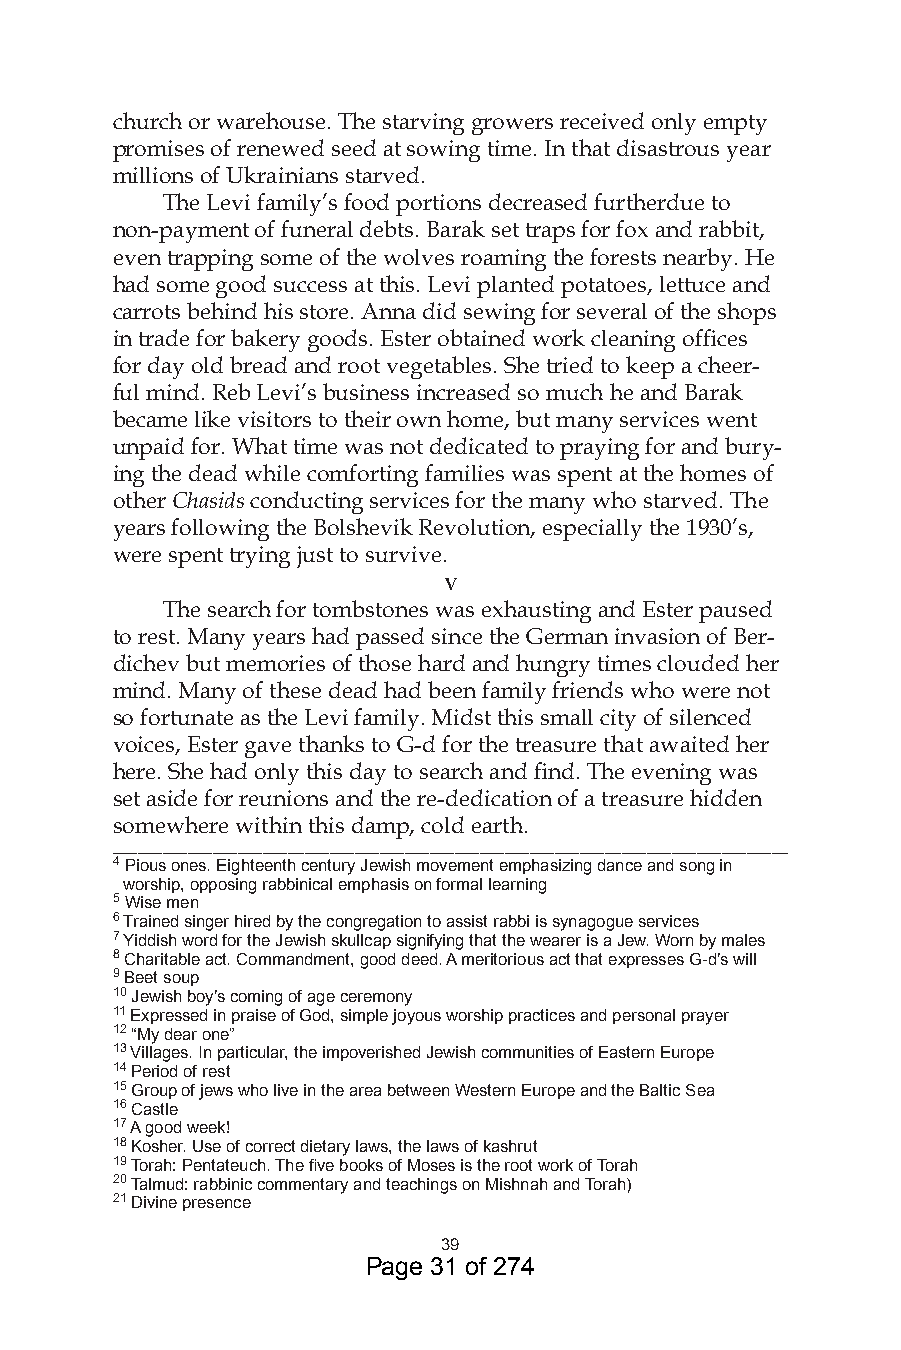
church or warehouse. The starving growers received only empty
 promises of renewed seed at sowing time. In that disastrous year
 millions of Ukrainians starved.
 The Levi family’s food portions decreased furtherdue to
 non-payment of funeral debts. Barak set traps for fox and rabbit,
 even trapping some of the wolves roaming the forests nearby. He
 had some good success at this. Levi planted potatoes, lettuce and
 carrots behind his store. Anna did sewing for several of the shops
 in trade for bakery goods. Ester obtained work cleaning offices
 for day old bread and root vegetables. She tried to keep a cheer-
 ful mind. Reb Levi’s business increased so much he and Barak
 became like visitors to their own home, but many services went
 unpaid for. What time was not dedicated to praying for and bury-
 ing the dead while comforting families was spent at the homes of
 other Chasids conducting services for the many who starved. The
 years following the Bolshevik Revolution, especially the 1930’s,
 were spent trying just to survive.
 v
 The search for tombstones was exhausting and Ester paused
 to rest. Many years had passed since the German invasion of Ber-
 dichev but memories of those hard and hungry times clouded her
 mind. Many of these dead had been family friends who were not
 so fortunate as the Levi family. Midst this small city of silenced
 voices, Ester gave thanks to G-d for the treasure that awaited her
 here. She had only this day to search and find. The evening was
 set aside for reunions and the re-dedication of a treasure hidden
 somewhere within this damp, cold earth.
 _________________________________________________________________________________
 4 Pious ones. Eighteenth century Jewish movement emphasizing dance and song in
 worship, opposing rabbinical emphasis on formal learning
 5 Wise men
 6 Trained singer hired by the congregation to assist rabbi is synagogue services
 7 Yiddish word for the Jewish skullcap signifying that the wearer is a Jew. Worn by males
 8 Charitable act. Commandment, good deed. A meritorious act that expresses G-d’s will
 9 Beet soup
 0 Jewish boy’s coming of age ceremony
  Expressed in praise of God, simple joyous worship practices and personal prayer
  “My dear one”
  Villages. In particular, the impoverished Jewish communities of Eastern Europe
 4 Period of rest
 5 Group of jews who live in the area between Western Europe and the Baltic Sea
 6 Castle
 7 A good week!
 8 Kosher. Use of correct dietary laws, the laws of kashrut
 9 Torah: Pentateuch. The five books of Moses is the root work of Torah
 0 Talmud: rabbinic commentary and teachings on Mishnah and Torah)
  Divine presence
 9
 Page 31 of 274